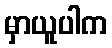
မှာယူပါက